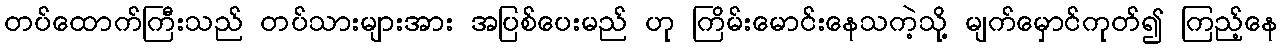
တပ်ထောက်ကြီးသည် တပ်သားများအား အပြစ်ပေးမည် ဟု ကြိမ်းမောင်းနေသကဲ့သို့ မျက်မှောင်ကုတ်၍ ကြည့်နေ